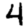
Digit: 4